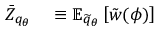
\begin{array} { r l } { \bar { Z } _ { q _ { \theta } } } & { { } \equiv \mathbb { E } _ { \widetilde { q } _ { \theta } } \left[ \tilde { w } ( \phi ) \right] } \end{array}